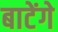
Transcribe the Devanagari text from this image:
बाटेंगे